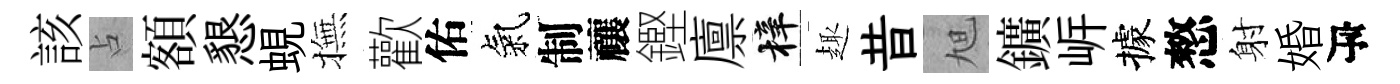
該占額懇蜆撫歡佑氣制禳鏗廪梓趣昔旭鑛㟁據憗射婚瓴